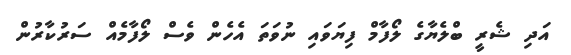
އަދި ޝެރީ ބްލެޔާގެ ލޯފާމް ފިޔަވައި ނުވަތަ އެހެން ވެސް ލޯފާމެއް ސަރުކާރުން